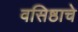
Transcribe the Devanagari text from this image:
वसिष्ठाचे